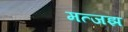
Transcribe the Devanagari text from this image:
मत्जझ